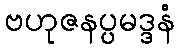
ဗဟုဇနပ္ပမဒ္ဒနံ